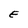
Character: E